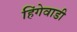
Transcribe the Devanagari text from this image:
हिंगेवाडी